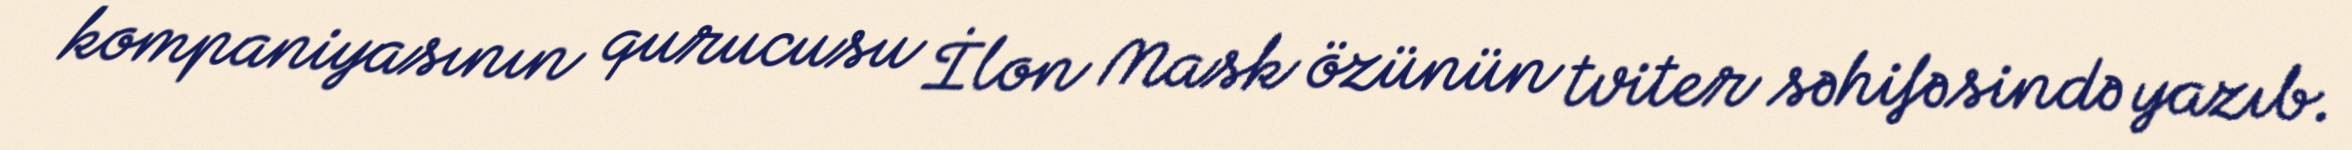
kompaniyasının qurucusu İlon Mask özünün tviter səhifəsində yazıb.